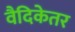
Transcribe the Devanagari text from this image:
वैदिकेतर